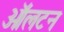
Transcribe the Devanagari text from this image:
ऑलटन